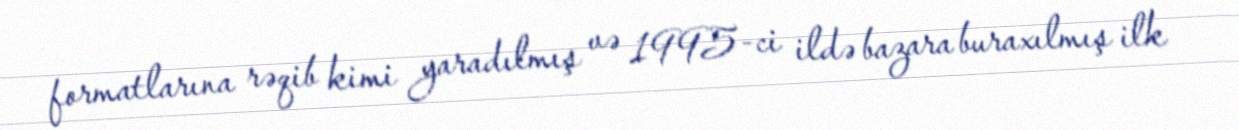
formatlarına rəqib kimi yaradılmış və 1995-ci ildə bazara buraxılmış ilk